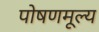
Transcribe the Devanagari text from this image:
पोषणमूल्य